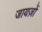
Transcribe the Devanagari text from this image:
जायज़ों